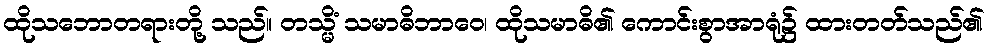
ထိုသဘောတရားတို့ သည်။ တသ္မိံ သမာဓိဘာဝေ၊ ထိုသမာဓိ၏ ကောင်းစွာအာရုံ၌ ထားတတ်သည်၏